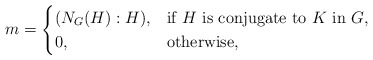
\begin{align*}m = \begin{cases} (N_G(H) : H),&\mbox{if $H$ is conjugate to $K$ in $G,$}\\0, & \mbox{otherwise,}\end{cases}\end{align*}